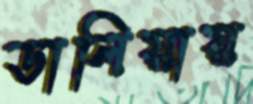
ডালিয়ায়